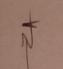
Signature authenticity: genuine